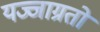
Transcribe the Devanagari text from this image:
यज्जाग्रतो